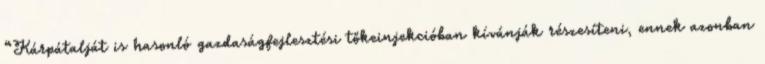
“Kárpátalját is hasonló gazdaságfejlesztési tőkeinjekcióban kívánják részesíteni, ennek azonban